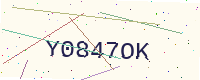
Text: Y0847OK